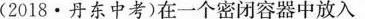
(2018·丹东中考)在一个密闭容器中放入